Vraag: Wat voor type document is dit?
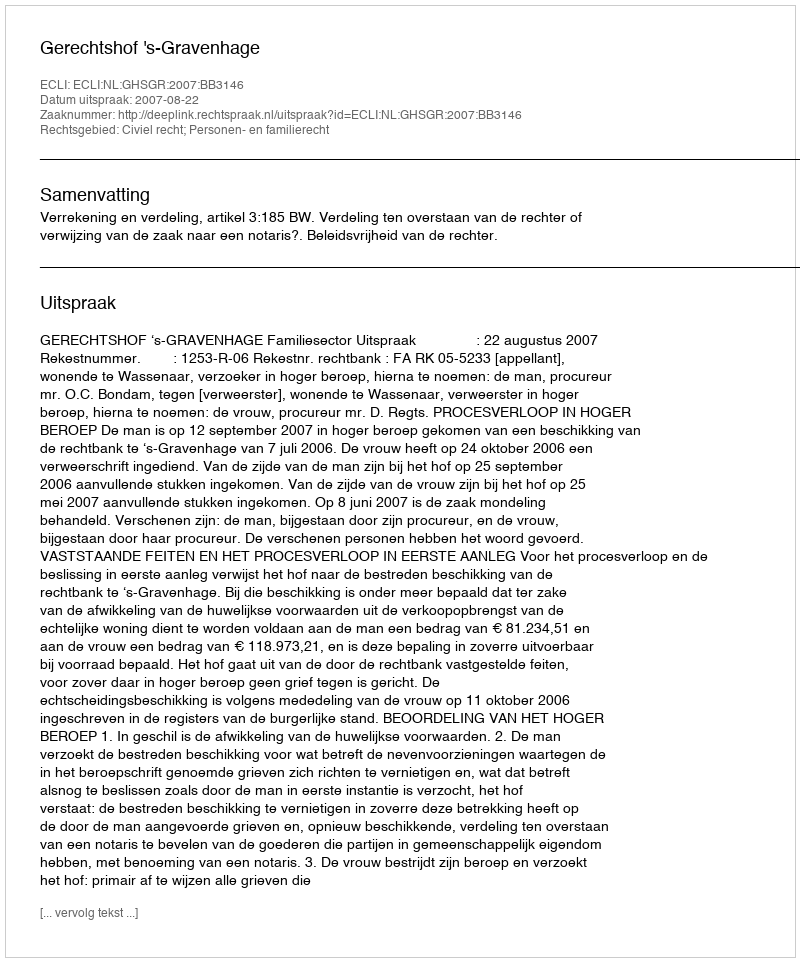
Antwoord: Uitspraak